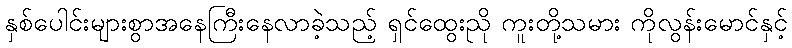
နှစ်ပေါင်းများစွာအနေကြီးနေလာခဲ့သည့် ရှင်ထွေးညို ကူးတို့သမား ကိုလွန်းမောင်နှင့်